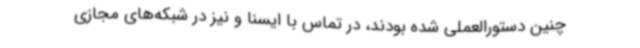
چنین دستورالعملی شده بودند، در تماس با ایسنا و نیز در شبکه‌های مجازی